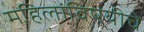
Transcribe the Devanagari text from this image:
महिलांविषयीचे